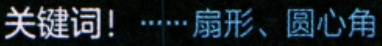
关键词！······扇形、圆心角